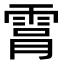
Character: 𮦑